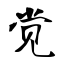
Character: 觉